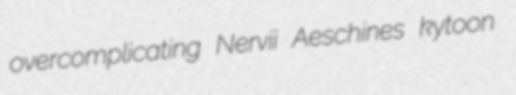
overcomplicating Nervii Aeschines kytoon